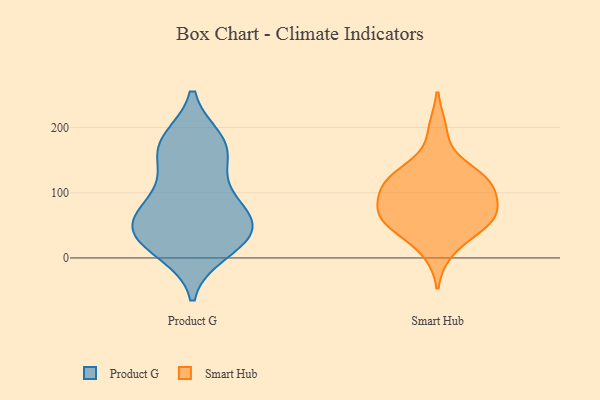
{"axis": {"x": "Net Income (USD K)", "y": "Value"}, "legend": ["Product G", "Smart Hub"], "data": [{"x": "", "y": 91, "type": "Product G"}, {"x": "", "y": 169, "type": "Product G"}, {"x": "", "y": 47, "type": "Product G"}, {"x": "", "y": 31, "type": "Product G"}, {"x": "", "y": 68, "type": "Product G"}, {"x": "", "y": 113, "type": "Product G"}, {"x": "", "y": 171, "type": "Product G"}, {"x": "", "y": 179, "type": "Product G"}, {"x": "", "y": 31, "type": "Product G"}, {"x": "", "y": 58, "type": "Product G"}, {"x": "", "y": 59, "type": "Product G"}, {"x": "", "y": 11, "type": "Product G"}, {"x": "", "y": 164, "type": "Product G"}, {"x": "", "y": 26, "type": "Product G"}, {"x": "", "y": 59, "type": "Smart Hub"}, {"x": "", "y": 77, "type": "Smart Hub"}, {"x": "", "y": 72, "type": "Smart Hub"}, {"x": "", "y": 123, "type": "Smart Hub"}, {"x": "", "y": 49, "type": "Smart Hub"}, {"x": "", "y": 123, "type": "Smart Hub"}, {"x": "", "y": 130, "type": "Smart Hub"}, {"x": "", "y": 57, "type": "Smart Hub"}, {"x": "", "y": 115, "type": "Smart Hub"}, {"x": "", "y": 196, "type": "Smart Hub"}, {"x": "", "y": 11, "type": "Smart Hub"}, {"x": "", "y": 53, "type": "Smart Hub"}, {"x": "", "y": 90, "type": "Smart Hub"}, {"x": "", "y": 111, "type": "Smart Hub"}]}